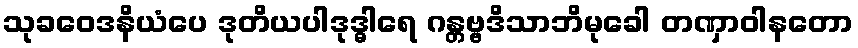
သုခဝေဒနိယံပေ ဒုတိယပါဒုဒ္ဓါရေ ဂန္တဗ္ဗဒိသာဘိမုခေါ တဏှာဝါနတော